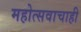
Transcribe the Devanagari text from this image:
महोत्सवाचाही